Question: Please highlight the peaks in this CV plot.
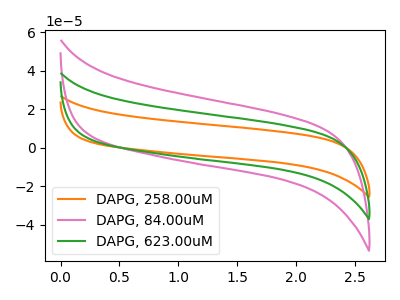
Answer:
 <answer>The orange curve "DAPG, 258.00uM" has no peaks. The pink curve "DAPG, 84.00uM" has no peaks. The green curve "DAPG, 623.00uM" has no peaks.</answer>
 <eval></eval>